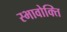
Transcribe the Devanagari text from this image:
स्भावोक्ति